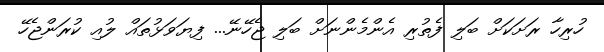
ހުރިހާ ރަށަކަށް ބަލި ފެތުރި އެންމެންނަށް ބަލި ޖެހޭނޭ... ފިޔަވަޅުތައް ލުއި ކުރަންޖެހޭ